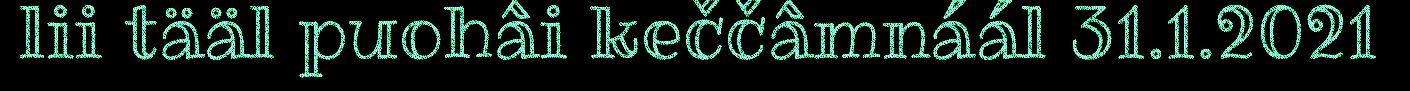
lii tääl puohâi keččâmnáál 31.1.2021